Lunatic asylums United Provinces 1909-1921 - 1909-1921
Year: 1909
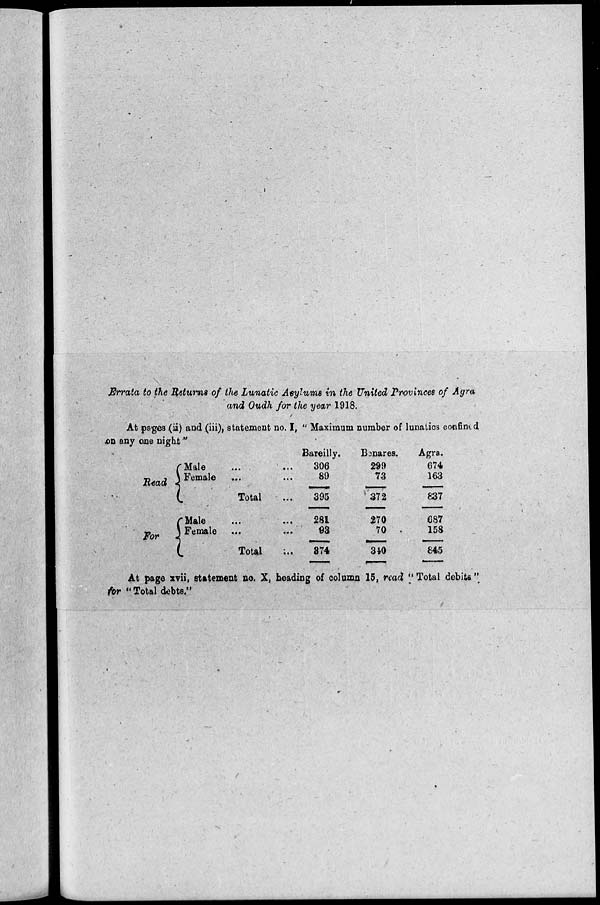
Errata to the Returns of the Lunatic Asylums in the United Provinces of Agra
and Oudh for the year 1918.
At pages (ii) and (iii), statement no. I, " Maximum number of lunatics confined
on any one night
Read
For
Male ... ...
Female ... ...
Total ...
Male ... ...
Female ... ...
Total ...
Bareilly.
306
89
395
281
93
874
Benares.
299
73
372
270
70
310
Agra.
674
163
837
687
158
845
At page xvii, statement no. X, heading of column 15, read " Total debits "
for " Total debts."